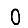
Digit: 0